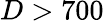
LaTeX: D>700